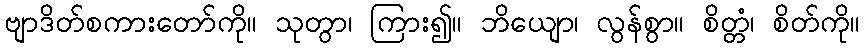
ဗျာဒိတ်စကားတော်ကို။ သုတွာ၊ ကြား၍။ ဘိယျော၊ လွန်စွာ။ စိတ္တံ၊ စိတ်ကို။